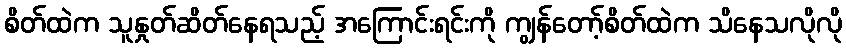
စိတ်ထဲက သူနှုတ်ဆိတ်နေရသည့် အကြောင်းရင်းကို ကျွန်တော့်စိတ်ထဲက သိနေသလိုလို